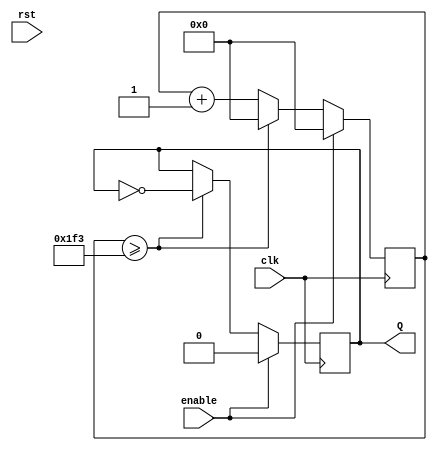
`timescale 1ns / 1ps
//////////////////////////////////////////////////////////////////////////////////
// Company: 
// Engineer: 
// 
// Design Name: 
// Module Name: clock_9600hz
// Project Name: 
// Target Devices: 
// Tool Versions: 
// Description: 
// 
// Dependencies: 
// 
// Revision:
// Revision 0.01 - File Created
// Additional Comments:
// 
//////////////////////////////////////////////////////////////////////////////////


module clock_9600hz(
    input clk,enable,rst,
    output reg Q
    );
        reg [22:0]cnt;
        initial 
        begin
            Q<=0;
            cnt=23'd0; 
        end
        always @ (posedge clk)
        begin
            if (enable)
            begin
                Q<=0;
                cnt<=23'd0;
            end
            else if (cnt>=23'd499)
            begin
                Q<=~Q;
                cnt<=23'd0;
            end
            else 
                cnt=cnt+23'd1;
        end
endmodule